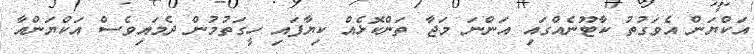
އަކްޔަން އެވަގުތު ކާޓޫނެއްގައި އަންނަ މަޖާ ތަންކޮޅެއް ކިޔާފައި ހީގަތުމުން ދެމައިވެސް އަކްޔަންއާ